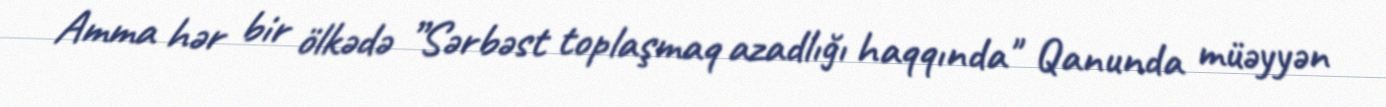
Amma hər bir ölkədə ”Sərbəst toplaşmaq azadlığı haqqında" Qanunda müəyyən